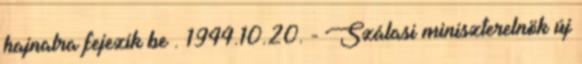
hajnalra fejezik be . 1944.10.20. - Szálasi miniszterelnök új